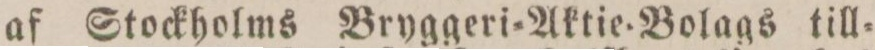
af Stockholms Bryggeri=Aktie=Bolags till=